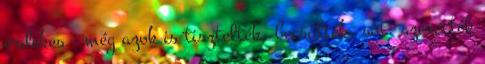
érdekes – még azok is tisztelték, becsülték, sőt: szerették